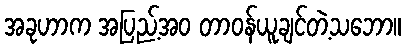
အခုဟာက အပြည့်အဝ တာဝန်ယူချင်တဲ့သဘော။